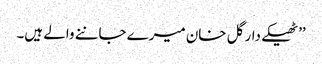
’’ٹھیکے دار گل خان میرے جاننے والے ہیں۔